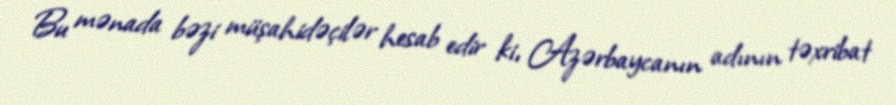
Bu mənada bəzi müşahidəçilər hesab edir ki, Azərbaycanın adının təxribat